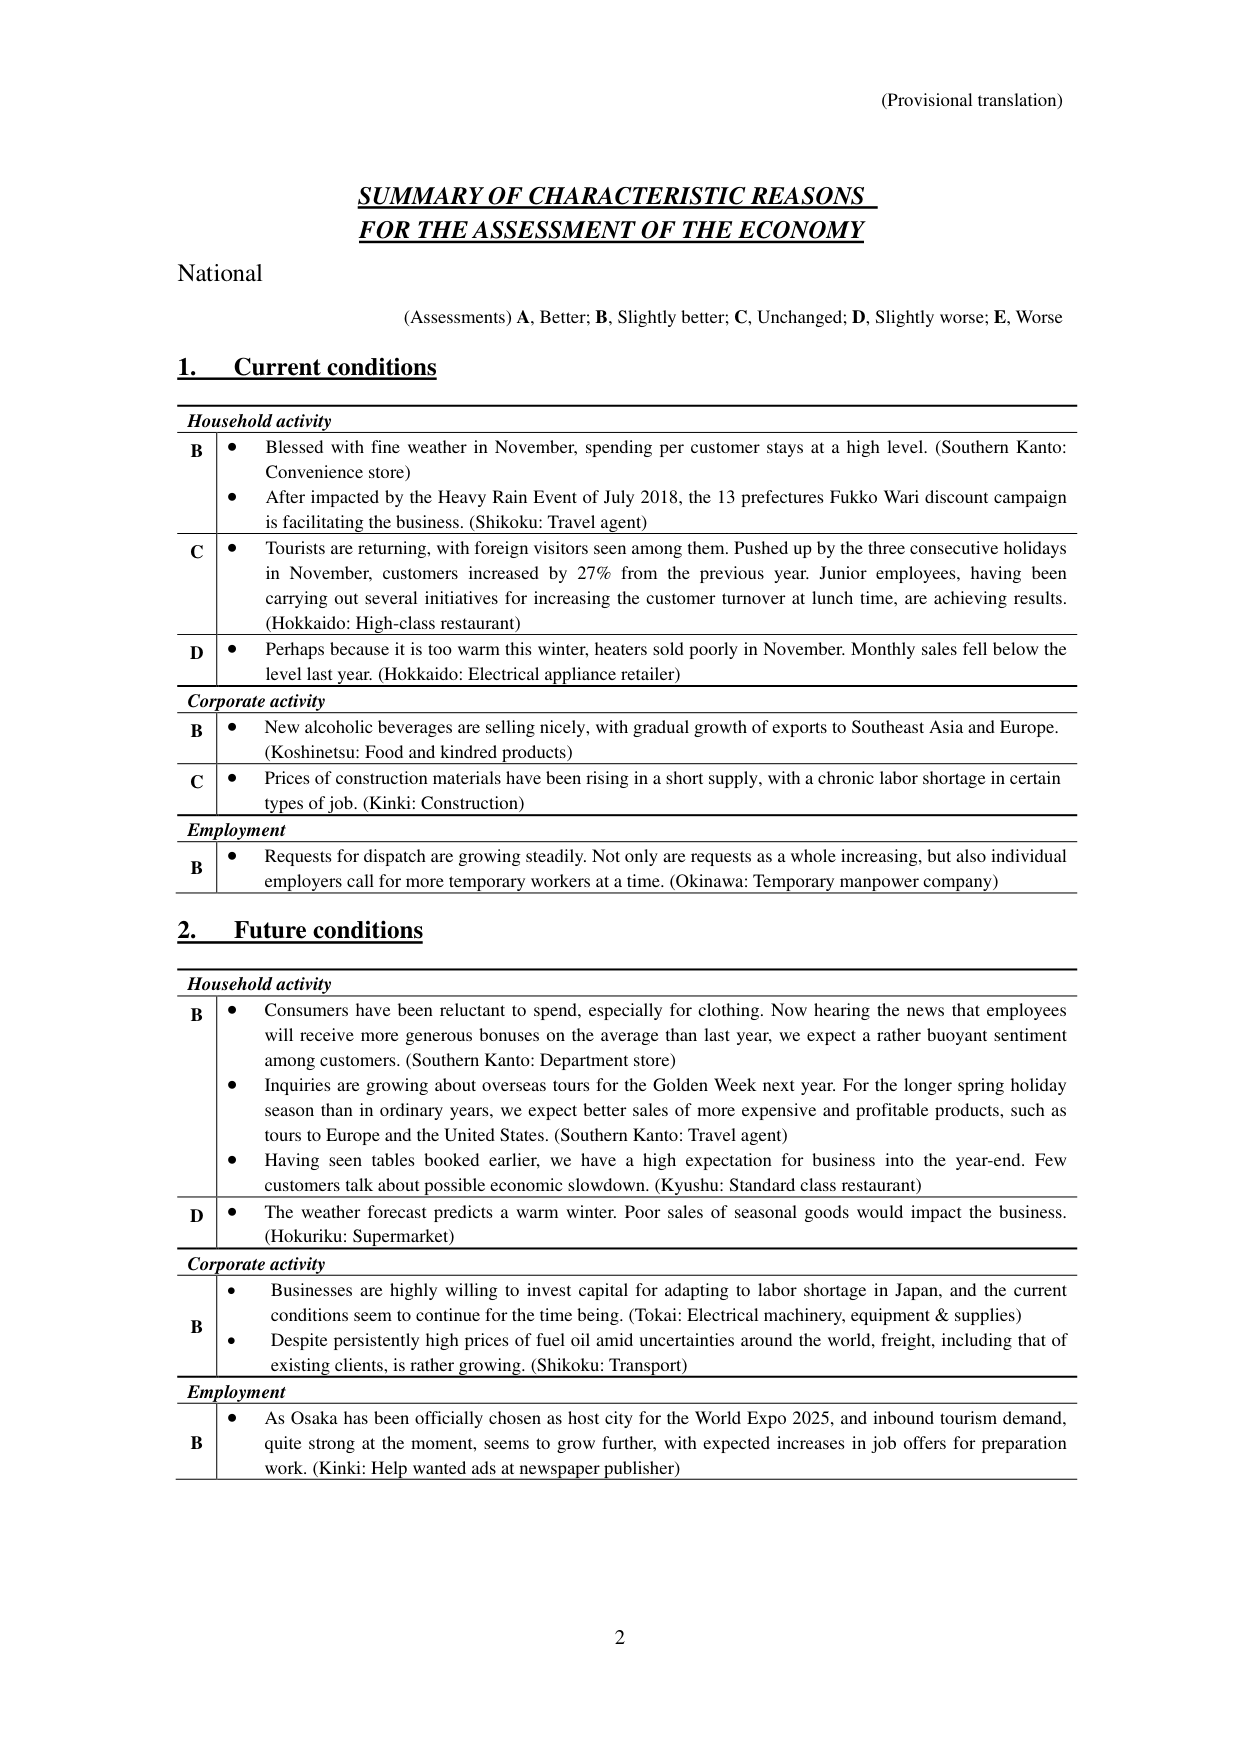
(Provisional translation)

SUMMARY OF CHARACTERISTIC REASONS
FOR THE ASSESSMENT OF THE ECONOMY

National
(Assessments) A, Better; B, Slightly better; C, Unchanged; D, Slightly worse; E, Worse

1. Current conditions

Household activity
B • Blessed with fine weather in November, spending per customer stays at a high level. (Southern Kanto: Convenience store)
• After impacted by the Heavy Rain Event of July 2018, the 13 prefectures Fukko Wari discount campaign is facilitating the business. (Shikoku: Travel agent)
C • Tourists are returning, with foreign visitors seen among them. Pushed up by the three consecutive holidays in November, customers increased by 27% from the previous year. Junior employees, having been carrying out several initiatives for increasing the customer turnover at lunch time, are achieving results. (Hokkaido: High-class restaurant)
D • Perhaps because it is too warm this winter, heaters sold poorly in November. Monthly sales fell below the level last year. (Hokkaido: Electrical appliance retailer)

Corporate activity
B • New alcoholic beverages are selling nicely, with gradual growth of exports to Southeast Asia and Europe. (Koshinetsu: Food and kindred products)
C • Prices of construction materials have been rising in a short supply, with a chronic labor shortage in certain types of job. (Kinki: Construction)

Employment
B • Requests for dispatch are growing steadily. Not only are requests as a whole increasing, but also individual employers call for more temporary workers at a time. (Okinawa: Temporary manpower company)

2. Future conditions

Household activity
B • Consumers have been reluctant to spend, especially for clothing. Now hearing the news that employees will receive more generous bonuses on the average than last year, we expect a rather buoyant sentiment among customers. (Southern Kanto: Department store)
• Inquiries are growing about overseas tours for the Golden Week next year. For the longer spring holiday season than in ordinary years, we expect better sales of more expensive and profitable products, such as tours to Europe and the United States. (Southern Kanto: Travel agent)
• Having seen tables booked earlier, we have a high expectation for business into the year-end. Few customers talk about possible economic slowdown. (Kyushu: Standard class restaurant)
D • The weather forecast predicts a warm winter. Poor sales of seasonal goods would impact the business. (Hokuriku: Supermarket)

Corporate activity
B • Businesses are highly willing to invest capital for adapting to labor shortage in Japan, and the current conditions seem to continue for the time being. (Tokai: Electrical machinery, equipment & supplies)
• Despite persistently high prices of fuel oil amid uncertainties around the world, freight, including that of existing clients, is rather growing. (Shikoku: Transport)

Employment
B • As Osaka has been officially chosen as host city for the World Expo 2025, and inbound tourism demand, quite strong at the moment, seems to grow further, with expected increases in job offers for preparation work. (Kinki: Help wanted ads at newspaper publisher)

2